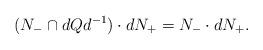
LaTeX: \begin{align*}(N_- \cap dQd^{-1}) \cdot d N_+ = N_- \cdot d N_+.\end{align*}